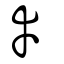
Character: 𡴘